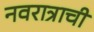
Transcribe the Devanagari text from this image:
नवरात्राची